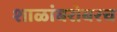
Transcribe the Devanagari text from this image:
शाळांबरोबरच